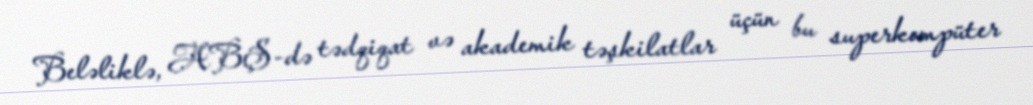
Beləliklə, ABŞ-də tədqiqat və akademik təşkilatlar üçün bu superkompüter